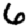
Digit: 6